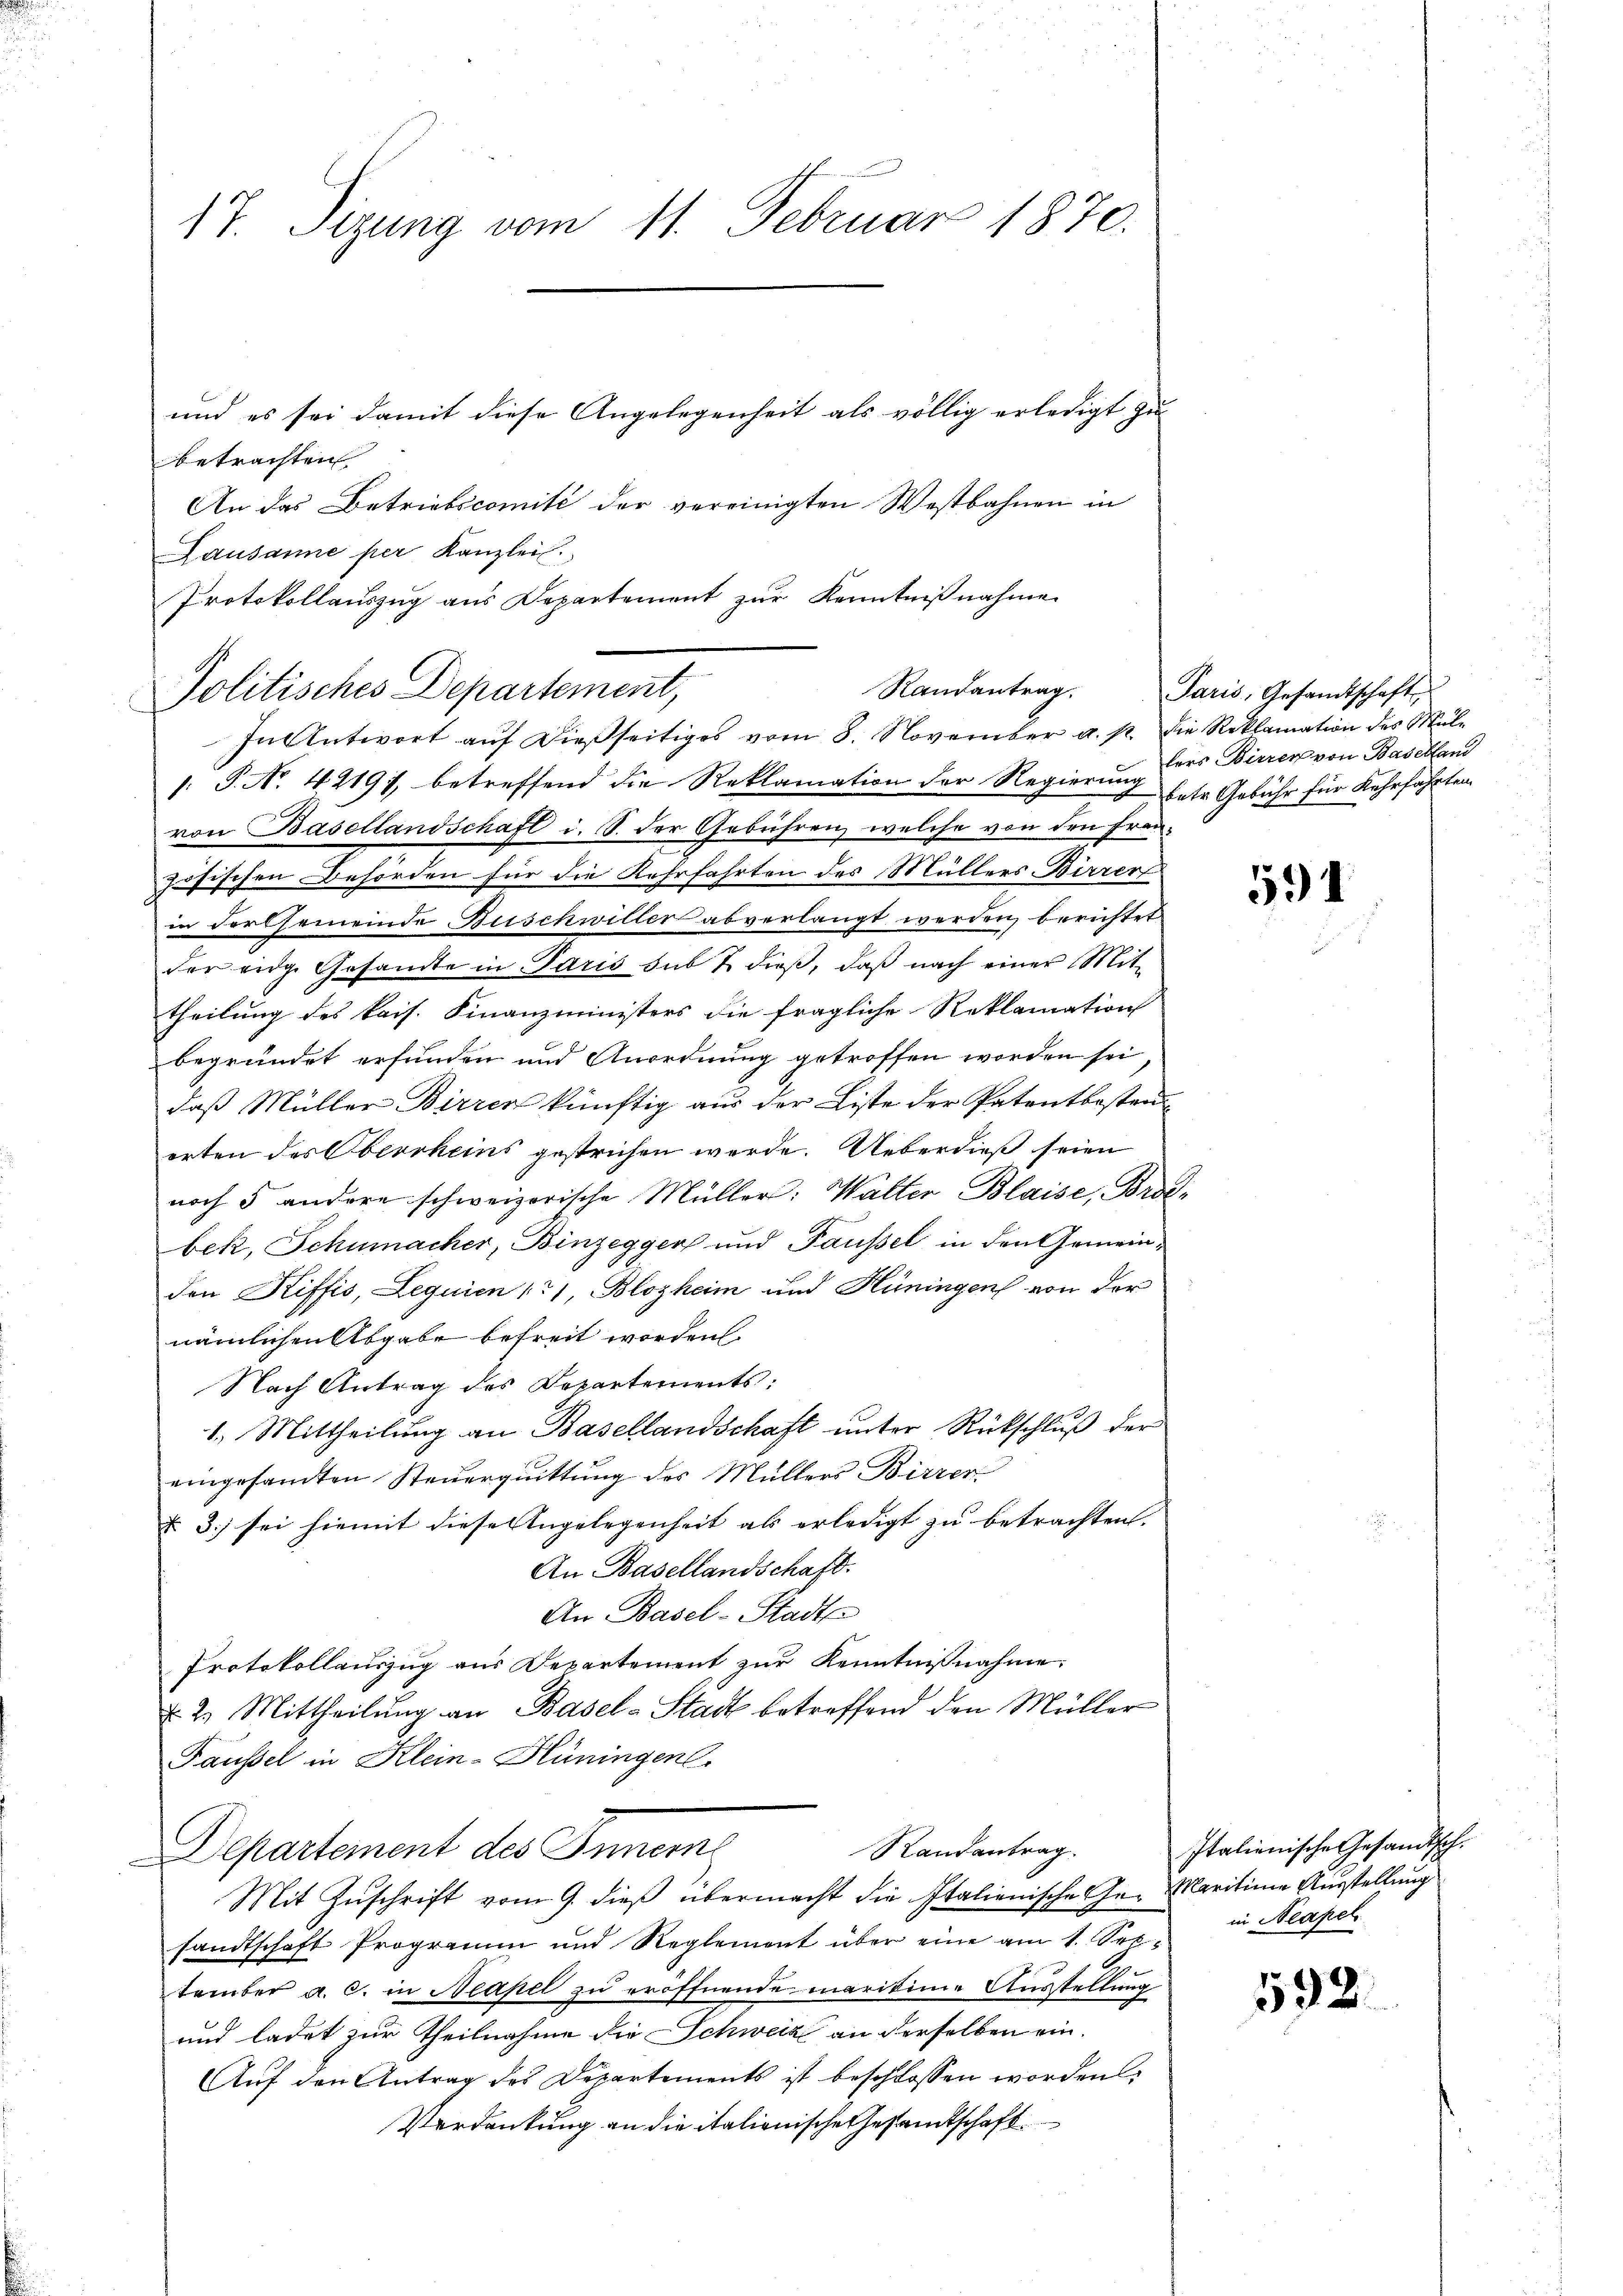
17. Sizung vom 11. Februar 1870.
und es sei damit diese Angelegenheit als völlig erledigt zu
betrachten
An das Betriebscomité der vereinigten Westbahnen in

Lausanne per Kanzlei.
Protokollauszug aus Departement zur Kenntnißnahme

Randantrag.
Politisches Departement,
In Antwort aŭf dießseitiges vom 8. November a. p. die Reklamation des Mül¬

: P. Nr. 42197 betreffend die Reklamation der Regierung betr. Gebühr für Kehrfährten
von Basellandschaft i. S. der Gebühren, welche von den Frane
zösischen Behörden für die Kehrfahrten des Müllers Birrer
in Fortsemeinde Buschwiller abverlangt werden berichtet
der eidge Gesandte in Paris sub 7 dieß, daß nach einer Mittheilung des kais. Finanzministers die fragliche Reklamation
begründet erfunden und Anordnung getroffen worden sei
daß Müller Birrer künftig aus der Liste der Patentbesteuerten des Oberrheins gestrichen werde. Ueberdieß seien
noch 5 andere schweizerische Müller: Walter Blaise, Brotbek, Schumacher, Binzegger und Tausel in den Gemeinden Riffis, Lequien 171, Blozheim und Hüningen von der
nämlichen Abgabe befreit worden.
Nach Antrag des Departements:
1. Mittheilung an Basellandschaft unter Rückschluß der
eingesandten Steuerquittung des Müllers Birrer
§ 3) sei hiemit diese Angelegenheit als erledigt zu betrachten.
An Basellandschaft.
An Basel-Stadt
Protokollauszug aus Departement zur Kenntnißnahme.
 2. Mittheilung an Basel-Stadt betreffend den Müller
Fäussel in Klein-Hüningen.
Randantrag.
Departement des Innern
Mit Zuschrift vom 9. dieß übermacht die Italienische Ge- Maritinie Ausstellung
sandtschaft Programm und Reglement über eine am 1. Sep. in Neapel
tember a. c. in Neapel zu eröffnende maritime Ausstellung
und ladet zur Theilnahme die Schweiz an derselben ein¬
Aŭf den Antrag des Departements ist beschlossen worden
Verdankung an die italienische Gesandtschaft

Paris, Gesamtschaft
lers Birrer von Baselland

591

Italienische Gesandtsch.

592.